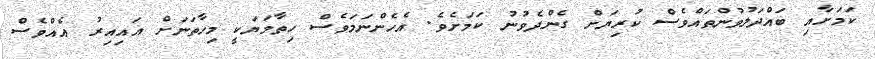
ކަމަށާއި ބައްދަލުވުންތައްވެސް ކުރިޔަށް ގެންދެވުނު ކަމަށެވެ. އެހެންނަމަވެސް ހިތާމަޔަކީ މިހާތަނަށް އައިއިރު އެއްވެސް